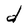
Character: d